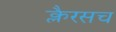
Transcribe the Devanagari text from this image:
क्लैरसच